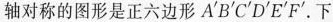
轴对称的图形是正六边形A^{\prime} B^{\prime} C^{\prime} D^{\prime} E^{\prime} F^{\prime} 。下